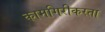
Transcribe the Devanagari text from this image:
कामगिरीकरता